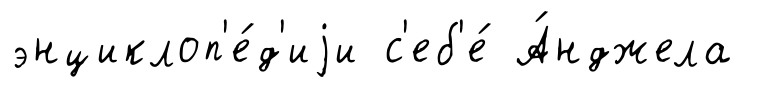
энциклоп'е́д'иjи с'еб'е́ А́нджела